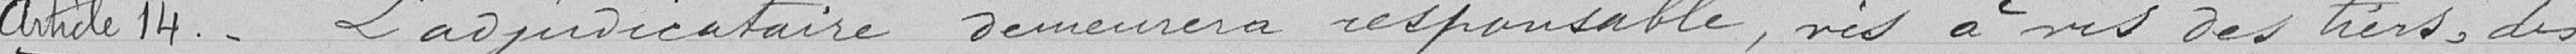
Article 14 : l'adjudicataire demeurera responsable, vis à vis des tiers, des